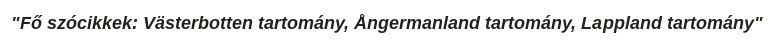
"Fő szócikkek: Västerbotten tartomány, Ångermanland tartomány, Lappland tartomány"